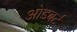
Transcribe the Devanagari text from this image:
ओडबर्ट